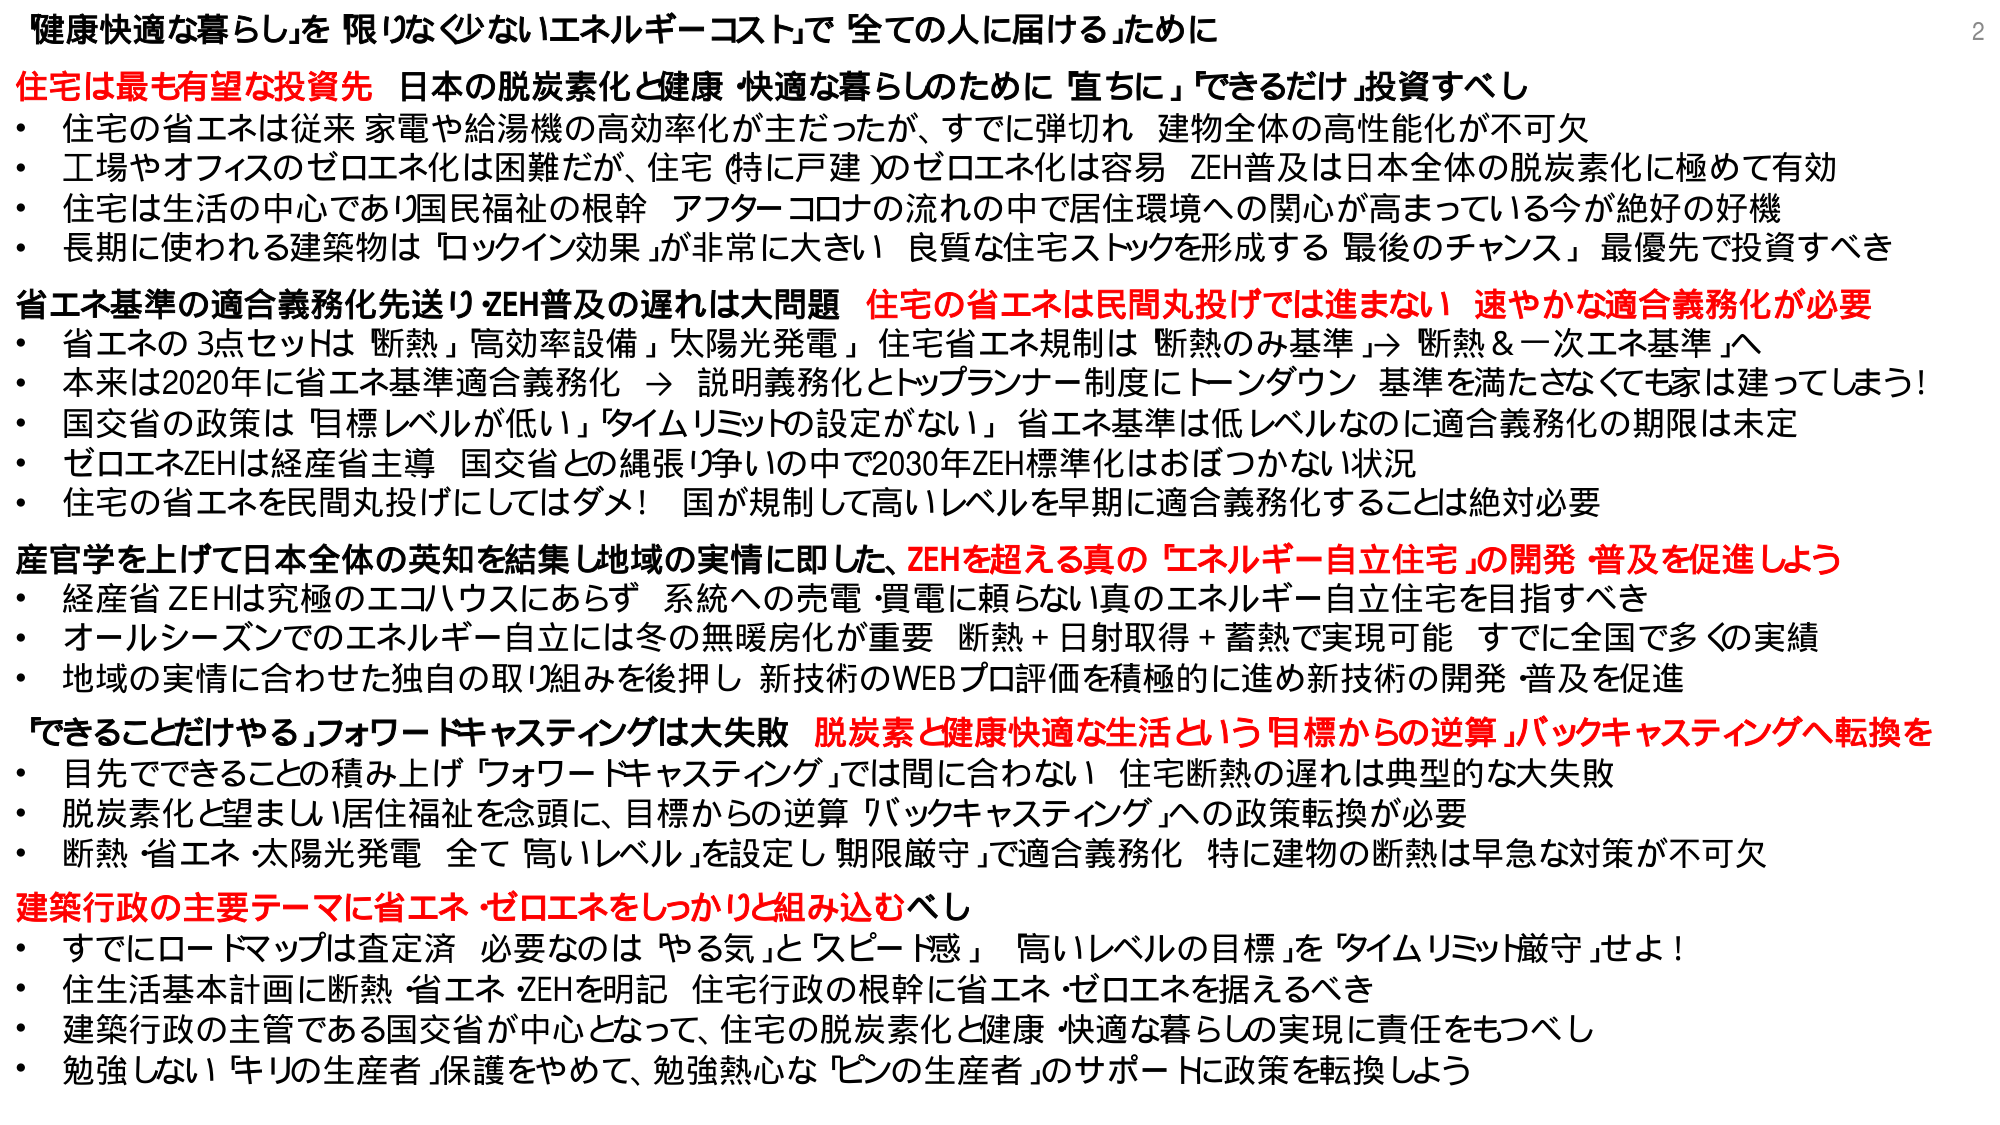
「健康快適な暮らし」を「限りなく少ないエネルギーコスト」で「全ての人に届ける」ために

住宅は最も有望な投資先 日本の脱炭素化と健康・快適な暮らしのために「直ちに」「できるだけ」投資すべし
・住宅の省エネは従来 家電や給湯機の高効率化が主だったが、すでに弾切れ 建物全体の高性能化が不可欠
・工場やオフィスのゼロエネ化は困難だが、住宅（特に戸建）のゼロエネ化は容易 ZEH普及は日本全体の脱炭素化に極めて有効
・住宅は生活の中心であり国民福祉の根幹 アフターコロナの流れの中で居住環境への関心が高まっている今が絶好の好機
・長期に使われる建築物は「ロックイン効果」が非常に大きい 良質な住宅ストックを形成する「最後のチャンス」最優先で投資すべき

省エネ基準の適合義務化先送り ZEH普及の遅れは大問題 住宅の省エネは民間丸投げでは進まない 速やかな適合義務化が必要
・省エネの3点セットは「断熱」「高効率設備」「太陽光発電」 住宅省エネ規制は「断熱のみ基準」→「断熱＆一次エネ基準」へ
・本来は2020年に省エネ基準適合義務化 → 説明義務化とトップランナー制度にトーンダウン 基準を満たさなくても家は建ってしまう！
・国交省の政策は「目標レベルが低い」「タイムリミットの設定がない」 省エネ基準は低レベルなのに適合義務化の期限は未定
・ゼロエネZEHは経産省主導 国交省との縄張り争いの中で2030年ZEH標準化はおぼつかない状況
・住宅の省エネを民間丸投げにしてはダメ！ 国が規制して高いレベルを早期に適合義務化することは絶対必要

産官学を上げて日本全体の英知を結集し地域の実情に即した、ZEHを超える真の「エネルギー自立住宅」の開発・普及を促進しよう
・経産省 ZEHは究極のエコハウスにあらず 系統への売電・買電に頼らない真のエネルギー自立住宅を目指すべき
・オールシーズンでのエネルギー自立には冬の無暖房化が重要 断熱＋日射取得＋蓄熱で実現可能 すでに全国で多くの実績
・地域の実情に合せた独自の取り組みを後押し 新技術のWEBプロ評価を積極的に進め新技術の開発・普及を促進

「できることだけやる」フォワードキャスティングは大失敗 脱炭素と健康快適な生活という目標からの逆算「バックキャスティング」へ転換を
・目先でできることの積み上げ「フォワードキャスティング」では間に合わない 住宅断熱の遅れは典型的な大失敗
・脱炭素化と望ましい居住福祉を念頭に、目標からの逆算「バックキャスティング」への政策転換が必要
・断熱・省エネ・太陽光発電 全て「高いレベル」を設定し「期限厳守」で適合義務化 特に建物の断熱は早急な対策が不可欠

建築行政の主要テーマに省エネ・ゼロエネをしっかりと組み込むべし
・すでにロードマップは査定済 必要なのは「やる気」と「スピード感」「高いレベルの目標」を「タイムリミット厳守」せよ！
・住生活基本計画に断熱・省エネ・ZEHを明記 住宅行政の根幹に省エネ・ゼロエネを据えるべき
・建築行政の主管である国交省が中心となって、住宅の脱炭素化と健康・快適な暮らしの実現に責任をもつべし
・勉強しない「キリの生産者」保護をやめて、勉強熱心な「ピンの生産者」のサポートに政策を転換しよう